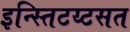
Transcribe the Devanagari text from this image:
इन्स्तिटय्टसत